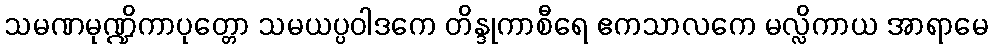
သမဏမုဏ္ဍိကာပုတ္တော သမယပ္ပဝါဒကေ တိန္ဒုကာစီရေ ဧကသာလကေ မလ္လိကာယ အာရာမေ